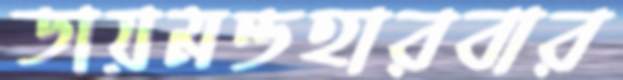
ডায়মন্ডহারবার